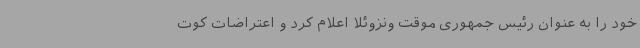
خود را به عنوان رئیس جمهوری موقت ونزوئلا اعلام کرد و اعتراضات کوت